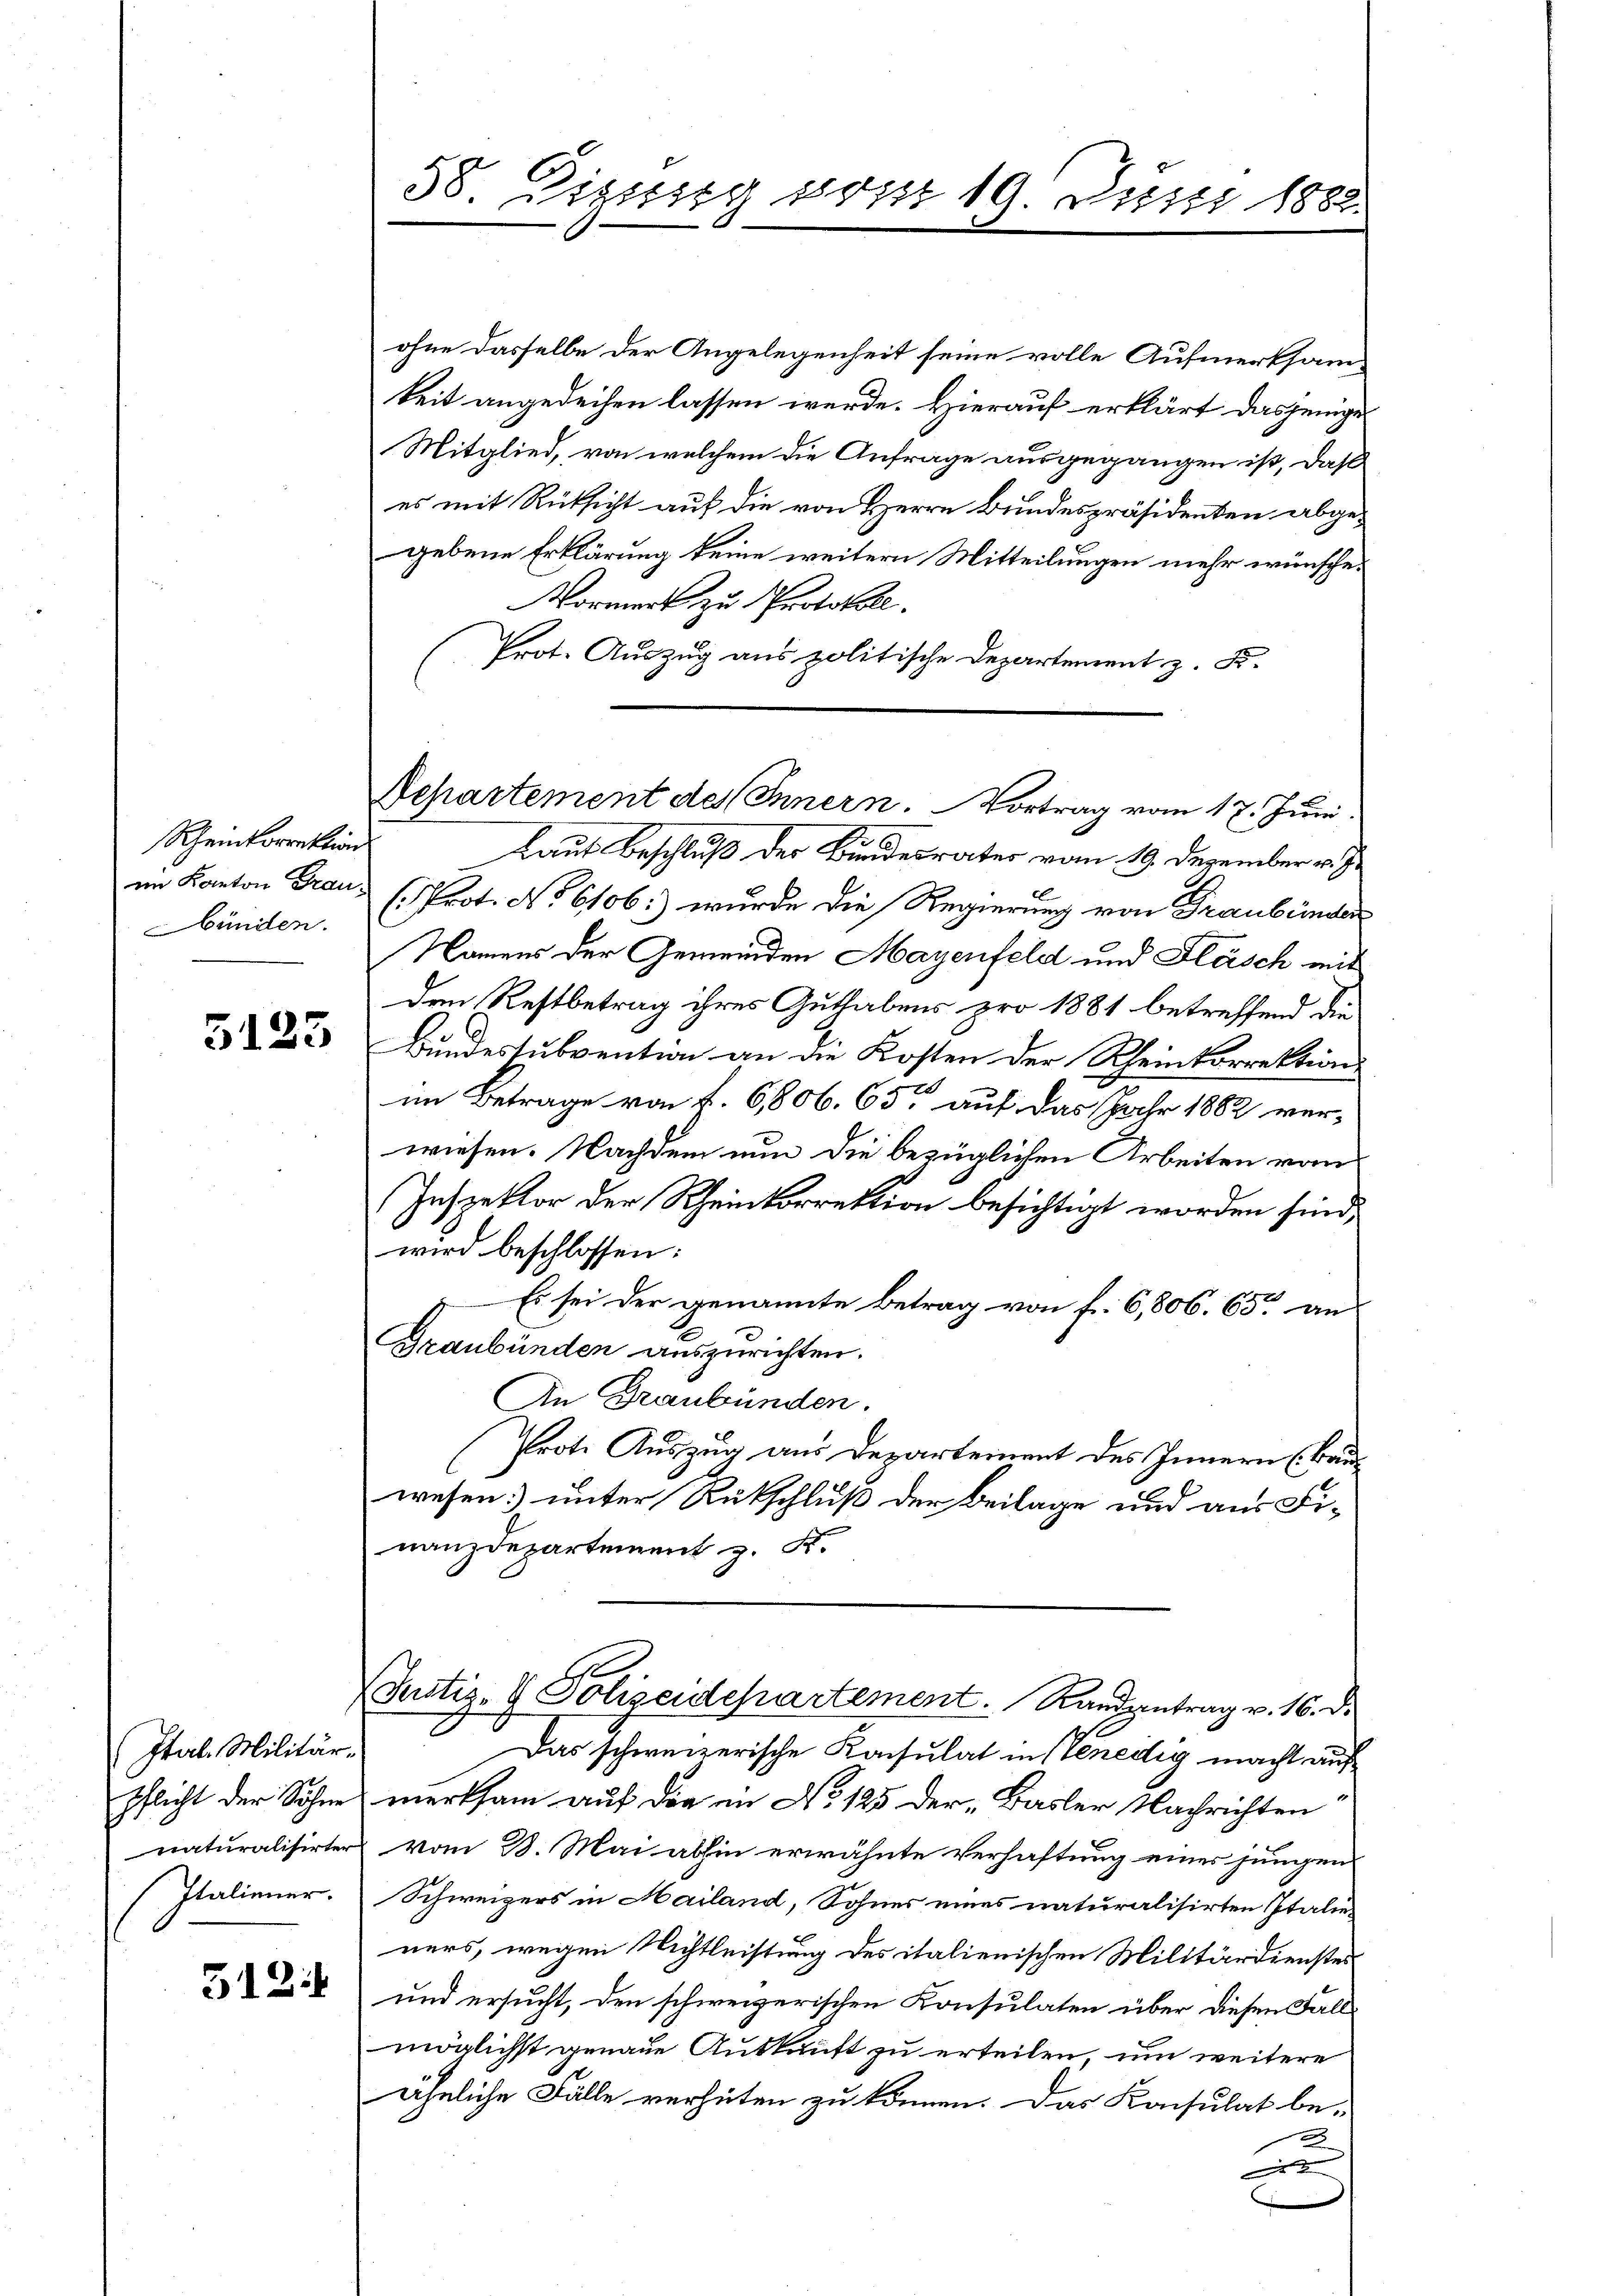
Rheinkorrektion
Sünden.

5125

Ital. Militär-
Italiener.

512:

58. Sizung vom 19. Junii 1882.

ohne dasselbe der Angelegenheit seine volle Aufmerksamkeit angedeihen lassen werde. Hierauf erklärt dasjenige
Mitglied, von welchem die Anfrage ausgegangen ist, daß
es mit Rüksicht auf die von Herrn Bundespräsidenten abgegebene Erklärung keine weitern Mitteilungen mehr wünsche.
Vormerk zu Protokol
Prot. Auszug aus politische Departement z. B.
Laut Beschluß der Bundesrater vom 19. Dezember v. J.
im Kanton Grau (Prot. No 6106:) wurde die Regierung von Graubünden
Namens der Gemeinden Mayenfeld und Fläsch mit
den Restbetrag ihres Guthabens pro 1881 betreffend die
Bundessubvention an die Kosten der Rheinkorrektion
im Betrage von f. 6,806. 65, auf das Jahr 1882 verwiesen. Nachdem nun die bezüglichen Arbeiten vom
Inspektor der Rheinkorrektion besichtigt worden sind,
wird beschlossen:
Es sei der genannte Betrag von f. 6,806. 65. an
Graubünden auszurichten.
An Graubünden.
Prote Auszug aus Departement des Innern (Bauwesen unter Rückschluß der Beilage und aus Finanzdepartement z. K.
(Justiz- & Polizeidepartement. Randantrag v. 16. d.
Das schweizerische Konsulat in Venedig macht auf
Pflicht der Söhne merksam auf die in No 125 der „Basler Nachrichten
naturalisirter vom 3. Mai abhin erwähnte Verhaftung eines jungen
Schweizers in Mailand, Sohnes eines naturalisirten Italieners, wegen Nichtleistung des italienischen Militärdienstes
und ersucht, den schweizerischen Konsulaten über diesen Fallmöglichst genaue Auskauft zu erteilen, um weitere
ähnliche Fälle verhüten zu können. Das Konsulat be-
2
e

Departement des Innern. Vortrag vom 17. Juni